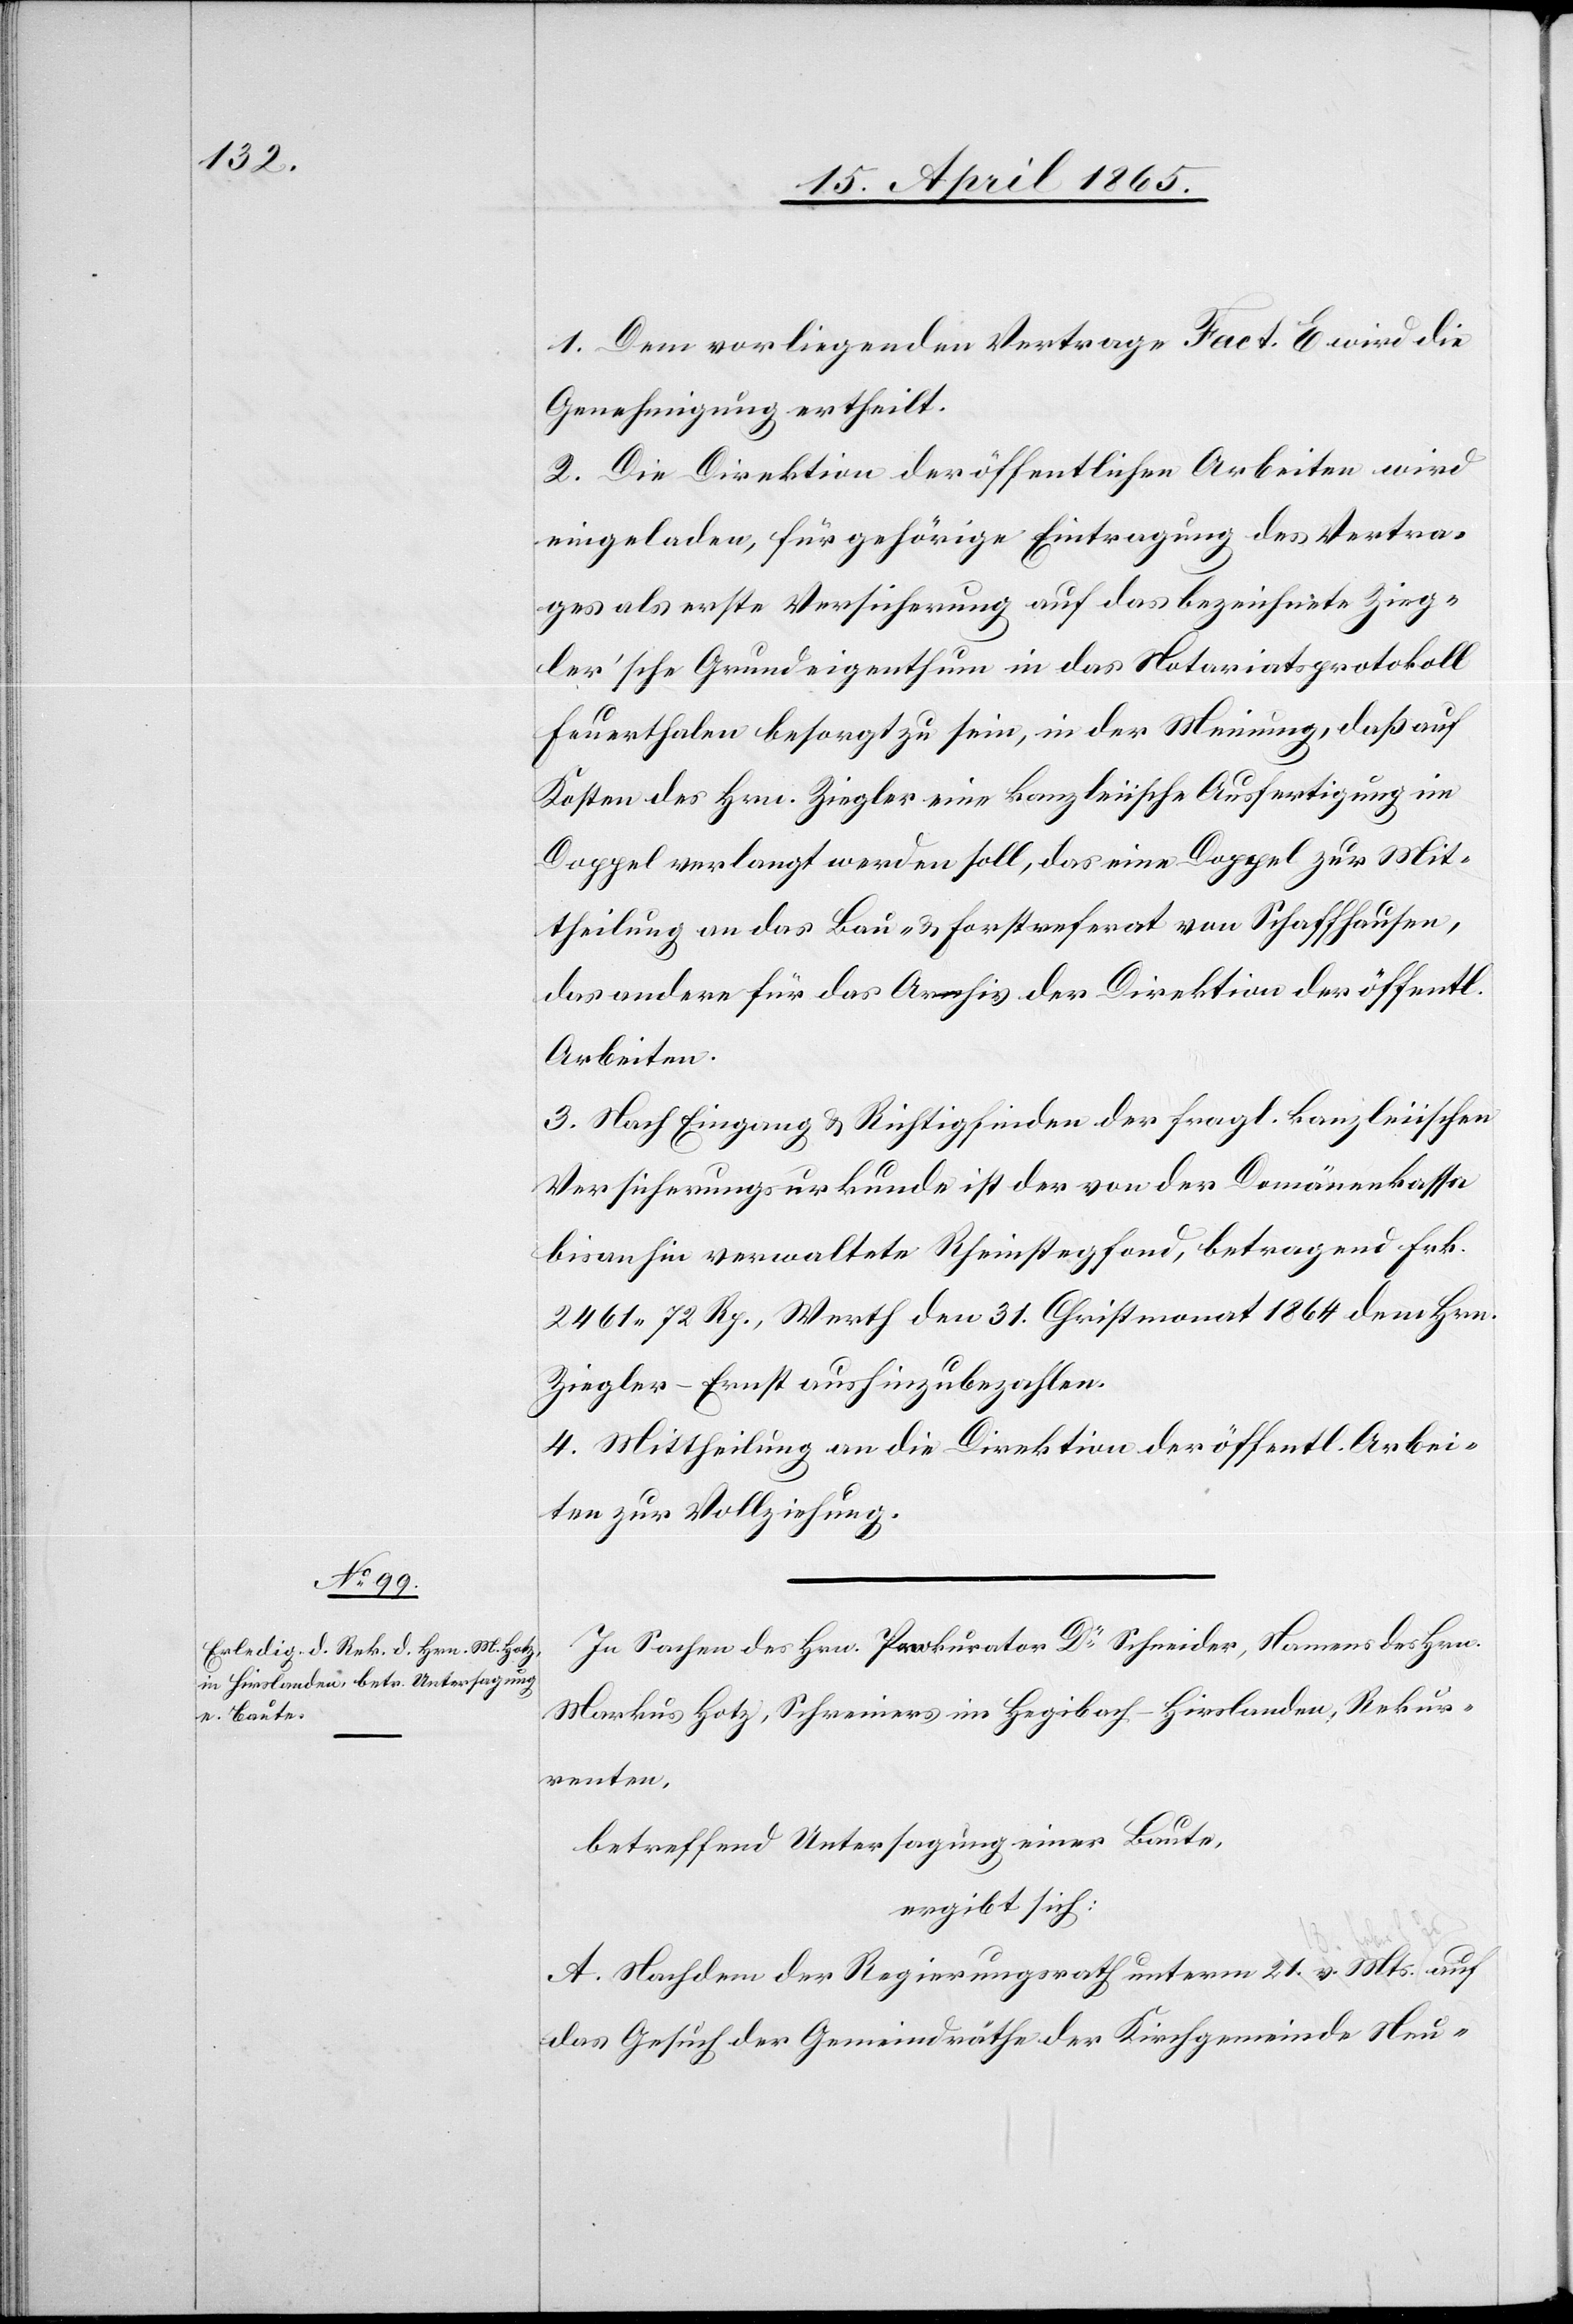
1. Dem vorliegenden Vertrage Fact. E wird die
Genehmigung ertheilt.
2. Die Direktion der öffentlichen Arbeiten wird
eingeladen, für gehörige Eintragung des Vertra¬
ges als erste Versicherung auf das bezeichnete Zieg¬
ler’sche Grundeigenthum in das Notariatsprotokoll
Feuerthalen besorgt zu sein, in der Meinung, daß auf
Kosten des Hrn. Ziegler eine kanzleiische Ausfertigung im
Doppel verlangt werden soll, das eine Doppel zur Mit¬
theilung an das Bau- & Forstreferat von Schaffhausen,
das andere für das Archiv der Direktion der öffentl.
Arbeiten.
3. Nach Eingang & Richtigfinden der fragl. kanzleiischen
Versicherungsurkunde ist der von der Domänenkassa
bisanhin verwaltete Rheinstegfond, betragend Frk.
2461 72 Rp., Werth den 31. Christmonat 1864 dem Hrn.
Ziegler-Ernst aushinzubezahlen.
4. Mittheilung an die Direktion der öffentl. Arbei¬
ten zur Vollziehung.
In Sachen des Hrn. Prokurator Dr Schneider, Namens des Hrn.
Markus Hotz, Schreiners im Hegibach-Hirslanden, Rekur¬
renten,
betreffend Untersagung einer Baute,
ergibt sich:
A. Nachdem der Regierungsrath unterm 21. v. Mts. auf
das Gesuch der Gemeindräthe der Kirchgemeinde Neu-